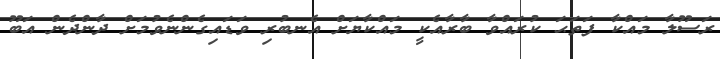
ރަސޫލާ މައްކާ ފަތަޙަ ކުރައްވާ ބާރާއެކީ މައްކާޔަށް އެނބުރި ވަޑައިގެންނެވުމަށް ދާންދެން އަބޫ